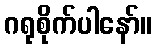
ဂရုစိုက်ပါနော်။